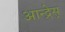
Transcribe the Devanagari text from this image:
आन्द्रेस्